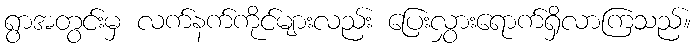
ရွာအတွင်းမှ လက်နက်ကိုင်များလည်း ပြေးလွှားရောက်ရှိလာကြသည်။